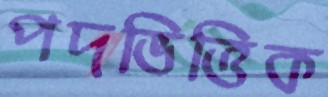
পদভিত্তিক